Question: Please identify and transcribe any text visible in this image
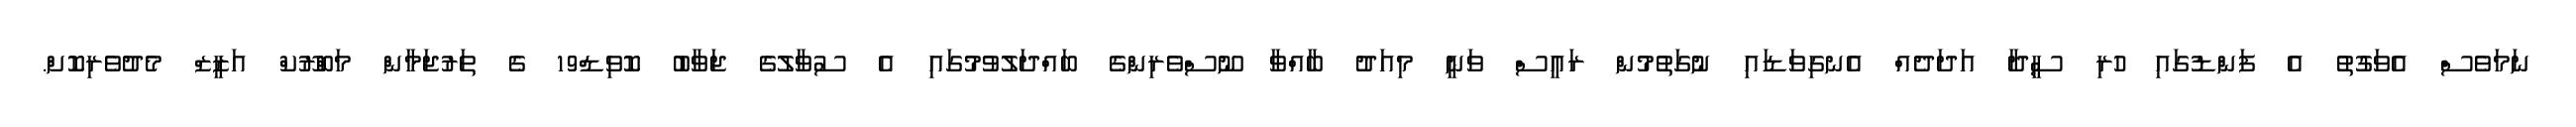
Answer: ނަމަވެސް އެވަގުތު އެ ފަންޑުގައި ހުރި ސީދާ އަދަދެއް އެނގިވަޑައި ނުގަތުމުން ރައީސް ވަނީ މިއަދު ބާއްވާ ނޫސްވެރިންގެ ބައްދަލުވުމުގައި އެ ސުވާލުގެ ޖަވާބު ކޮވިޑް19 ގެ ތަރުޖަމާން މަބްރޫކް އަޒީޒް މެދުވެރިކޮށް.